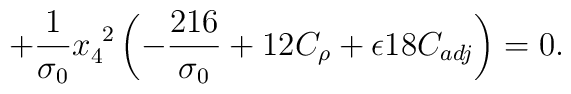
\hspace{2cm} + \frac{1}{\sigma_{0}} x_{4}^{~2} \left( -\frac{216}{\sigma_{0}}   + 12 C_{\rho} + \epsilon 18  C_{adj} \right) = 0.